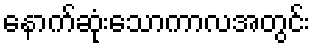
နောက်ဆုံးသောကာလအတွင်း